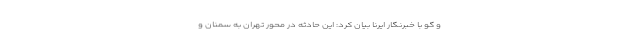
و گو با خبرنگار ایرنا بیان کرد: این حادثه در محور تهران به سمنان و